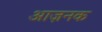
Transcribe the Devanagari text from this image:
आज़नक